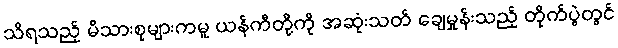
သိရသည့် မိသားစုများကမူ ယန်ကီတို့ကို အဆုံးသတ် ချေမှုန်းသည့် တိုက်ပွဲတွင်